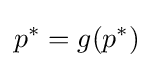
p^{*}=g(p^{*})